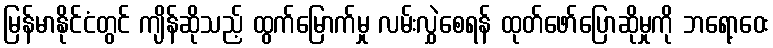
မြန်မာနိုင်ငံတွင် ကျိန်ဆိုသည့် ထွက်မြောက်မှု လမ်းလွှဲစေရန် ထုတ်ဖော်ပြောဆိုမှုကို ဘရော့ဝေး